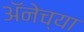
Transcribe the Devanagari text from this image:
अॅनेच्या